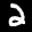
Label: 2